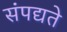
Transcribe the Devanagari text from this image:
संपद्यते